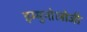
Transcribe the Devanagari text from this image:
इम्मुनोलोजी